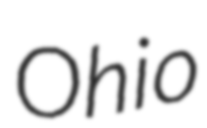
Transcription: Ohio